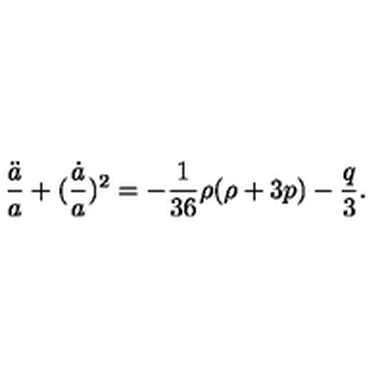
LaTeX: \frac { \ddot { a } } { a } + ( \frac { \dot { a } } { a } ) ^ { 2 } = - \frac { 1 } { 3 6 } \rho ( \rho + 3 p ) - \frac { q } { 3 } .